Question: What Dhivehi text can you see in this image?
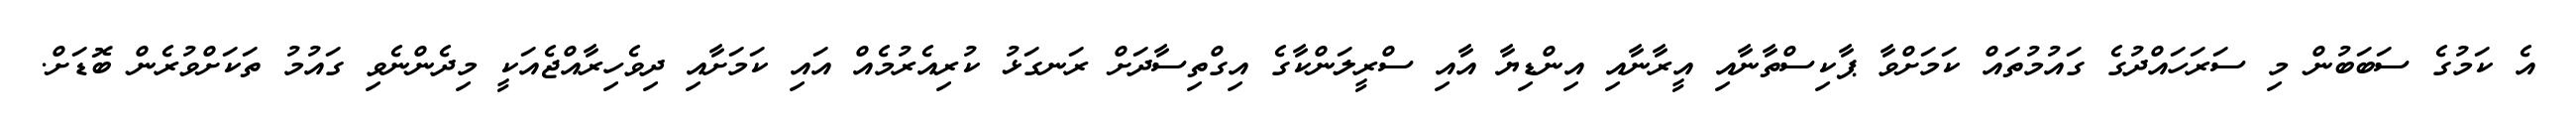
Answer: އެ ކަމުގެ ސަބަބުން މި ސަރަހައްދުގެ ގައުމުތައް ކަމަށްވާ ޕާކިސްތާނާއި އީރާނާއި އިންޑިޔާ އާއި ސްރީލަންކާގެ އިގްތިސާދަށް ރަނގަޅު ކުރިއެރުމެއް އައި ކަމަށާއި ދިވެހިރާއްޖެއަކީ މިދެންނެވި ގައުމު ތަކަށްވުރެން ބޮޑަށް.